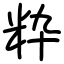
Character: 粋